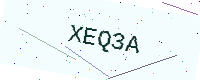
Text: XEQ3A